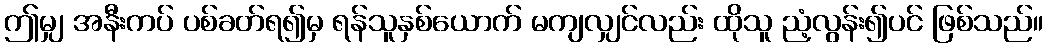
ဤမျှ အနီးကပ် ပစ်ခတ်ရ၍မှ ရန်သူနှစ်ယောက် မကျလျှင်လည်း ထိုသူ ညံ့လွန်း၍ပင် ဖြစ်သည်။